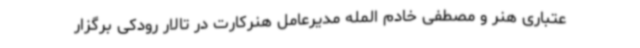
عتباری هنر و مصطفی خادم المله مدیرعامل هنرکارت در تالار رودکی برگزار